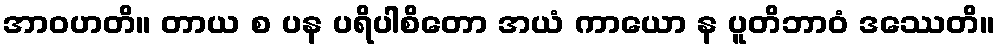
အာဝဟတိ။ တာယ စ ပန ပရိပါစိတော အယံ ကာယော န ပူတိဘာဝံ ဒဿေတိ။